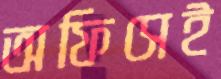
অফিসেই